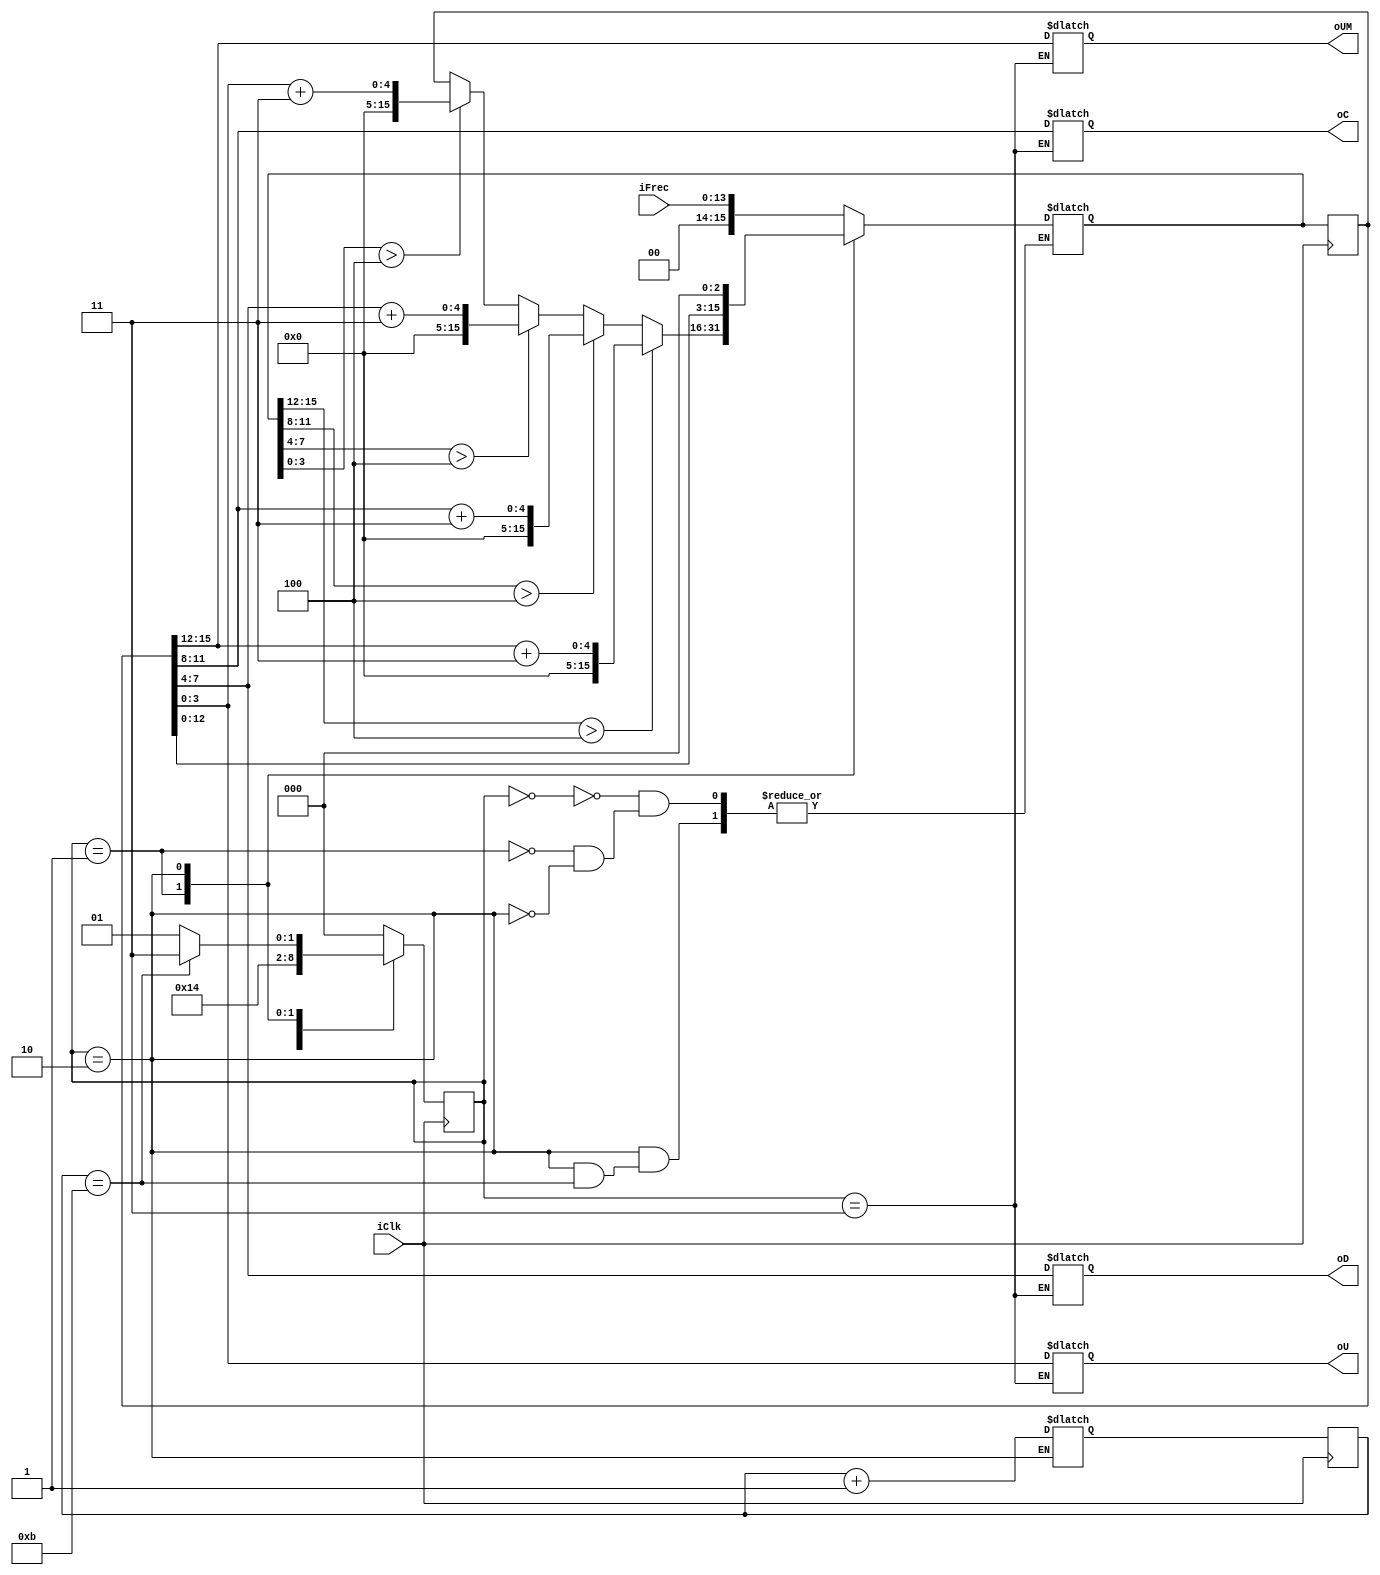
module BitShift (
	input iClk,
	input [13:0]iFrec,
	output [3:0]oU,
	output [3:0]oD,
	output [3:0]oC,
	output [3:0]oUM 
);

reg [15:0]rFrec_Q;
reg [15:0]rFrec_D;

reg [2:0]rState_Q;
reg [2:0]rState_D;

reg [3:0]rShiftCounter_D;
reg [3:0]rShiftCounter_Q;

reg [15:0] rResult_D;
reg [15:0] rResult_Q;

assign oUM[3:0] = rResult_D[15:12];
assign oC[3:0] = rResult_D[11:8];
assign oD[3:0] = rResult_D[7:4];
assign oU[3:0] = rResult_D[3:0];


always @ (posedge iClk)
begin
	rFrec_Q <= rFrec_D;
	rState_Q <= rState_D;
	rShiftCounter_Q <= rShiftCounter_D;
	rResult_Q <= rResult_D;
end

always @ *
begin

case(rState_Q)

2'd0: //estado inicial asignar datos
begin
   begin 
	rFrec_D = iFrec;
	end	
	rState_D = 2'd1;
end
2'd1: //estado sumar
begin
	if(rFrec_D[15:12] > 4)
	begin
		rFrec_D = rFrec_Q[15:12] + 14'd3; 
	end
	else 	if(rFrec_D[11:8] > 4)
	begin
		rFrec_D = rFrec_Q[11:8] + 14'd3;
	end
	else 	if(rFrec_D[7:4] > 4)
	begin
		rFrec_D = rFrec_Q[7:4] + 14'd3; 
	end
	else 	if(rFrec_D[3:0] > 4)
	begin
		rFrec_D = rFrec_Q[3:0] + 14'd3; 
	end
	else
	begin
		rFrec_D = rFrec_Q;
	end
	rState_D = 2'd2;
end
	
2'd2: //estado shift
	begin
		if(rShiftCounter_Q == 4'd11)
		begin
			rShiftCounter_D = 4'd0;
			rState_D = 2'd3;
		end
		else
		begin
			rFrec_D = {rFrec_Q << 3};
			rState_D = 2'd1;
		end
	rShiftCounter_D = rShiftCounter_Q + 4'd1;
	end

2'd3: //estado terminado
	begin
		rResult_D[15:12] = rFrec_Q[15:12];
		rResult_D[11:8] = rFrec_Q[11:8];
		rResult_D[7:4] = rFrec_Q[7:4];
		rResult_D[3:0] = rFrec_Q[3:0];
		rState_D = 2'd0;
	end
	
default:
	begin
		rState_D = 2'd0;
	end
endcase
end


endmodule